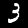
Digit: 3